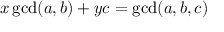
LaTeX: x \operatorname* { g c d } ( a , b ) + y c = \operatorname* { g c d } ( a , b , c )